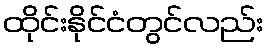
ထိုင်းနိုင်ငံတွင်လည်း